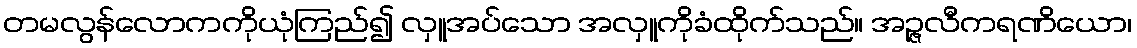
တမလွန်လောကကိုယုံကြည်၍ လှူအပ်သော အလှူကိုခံထိုက်သည်။ အဉ္ဇလီကရဏိယော၊